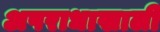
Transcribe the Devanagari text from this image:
अपराधाखाली